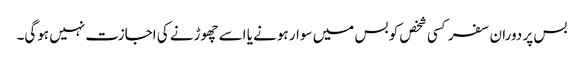
بس پر دوران سفر کسی شخص کو بس میں سوار ہونے یا اسے چھوڑنے کی اجازت نہیں ہوگی۔